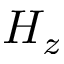
H _ { z }